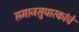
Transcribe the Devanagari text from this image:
समाजसुधारकांचे